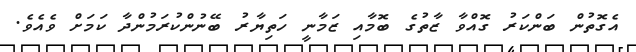
އެގޮތުން ބަންކަރު ގޮއްވާ ޒާތުގެ ބޮމާއި ޒަމާނީ ހަތިޔާރު ބޭނުންކުރަމުންދާ ކަމަށް ވެއެވެ.